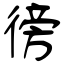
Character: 徬